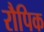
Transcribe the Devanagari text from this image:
रौपिक